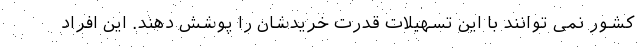
کشور نمی توانند با این تسهیلات قدرت خریدشان را پوشش دهند. این افراد